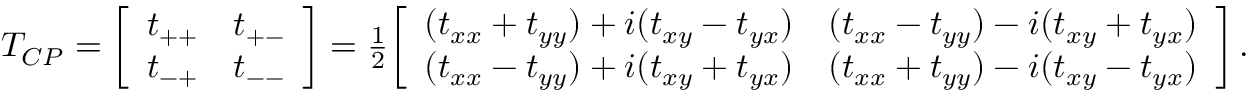
\begin{array} { r } { T _ { C P } = \left[ \begin{array} { c c } { t _ { + + } } & { t _ { + - } } \\ { t _ { - + } } & { t _ { -- } } \end{array} \right] = \frac { 1 } { 2 } \! \left[ \begin{array} { c c } { ( t _ { x x } + t _ { y y } ) + i ( t _ { x y } - t _ { y x } ) } & { ( t _ { x x } - t _ { y y } ) - i ( t _ { x y } + t _ { y x } ) } \\ { ( t _ { x x } - t _ { y y } ) + i ( t _ { x y } + t _ { y x } ) } & { ( t _ { x x } + t _ { y y } ) - i ( t _ { x y } - t _ { y x } ) } \end{array} \right] . } \end{array}